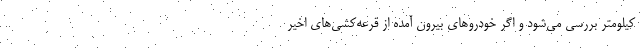
کیلومتر بررسی می‌شود و اگر خودروهای بیرون آمده از قرعه‌کشی‌های اخیر